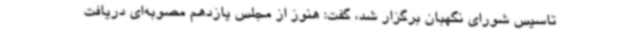
تاسیس شورای نگهبان برگزار شد، گفت: هنوز از مجلس یازدهم مصوبه‌ای دریافت